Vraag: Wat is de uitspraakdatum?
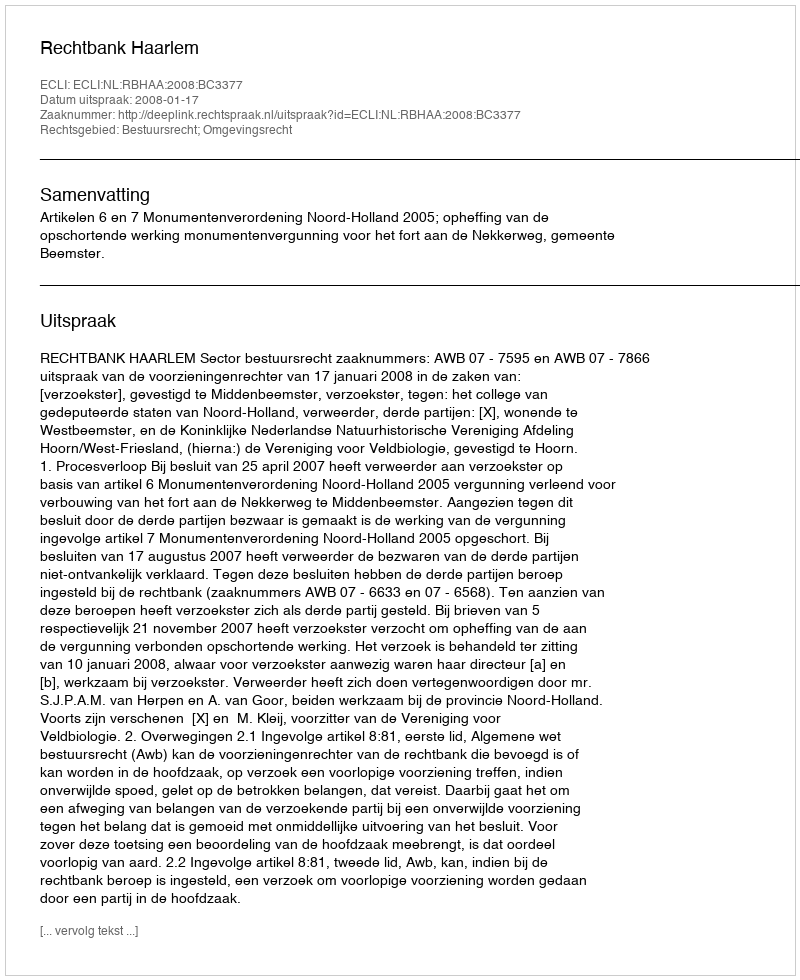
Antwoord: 2008-01-17